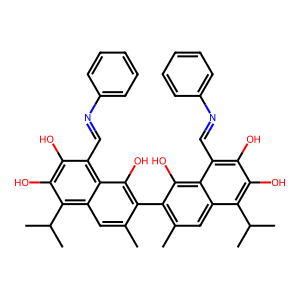
SMILES: Cc1cc2c(C(C)C)c(O)c(O)c(C=Nc3ccccc3)c2c(O)c1-c1c(C)cc2c(C(C)C)c(O)c(O)c(C=Nc3ccccc3)c2c1O
Inhibits HIV replication: No